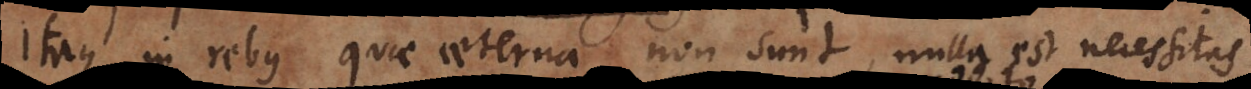
Itaque in rebus quae aeternae non sunt, nulla est necessitas,